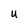
Character: U